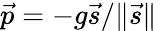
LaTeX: {\vec{p}}=-g{\vec{s}}/\| {\vec{s}}\| \,